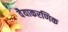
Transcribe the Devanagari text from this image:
वैयाकरणिक